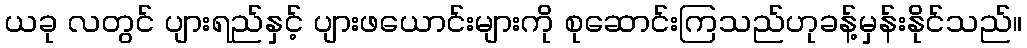
ယခု လတွင် ပျားရည်နှင့် ပျားဖယောင်းများကို စုဆောင်းကြသည်ဟုခန့်မှန်းနိုင်သည်။